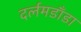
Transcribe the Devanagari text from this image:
दर्लमडाँडा